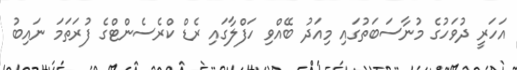
އަހަރީ ދުވަހުގެ މުނާސަބަތުގައި މިއަދު ބޭއްވި ހަފްލާގައި ރެޑް ކްރެސެންޓްގެ ފުރަތަމަ ނައިބު